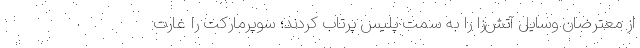
از معترضان وسایل آتش‌زا را به سمت پلیس پرتاب کردند؛ سوپرمارکت را غارت